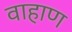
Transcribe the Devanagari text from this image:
वाहाण